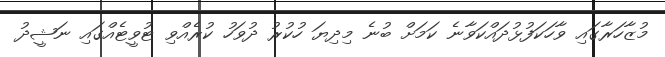
މުޒާހަރާގައި ވާހަކަފުޅުދައްކަވާނެ ކަމަށް ބުނެ މިދިޔަ ހުކުރު ދުވަހު ކުރެއްވި ޓުވީޓެއްގައި ނަޝީދު